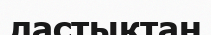
ластықтан